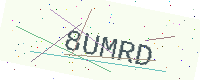
Text: 8UMRD